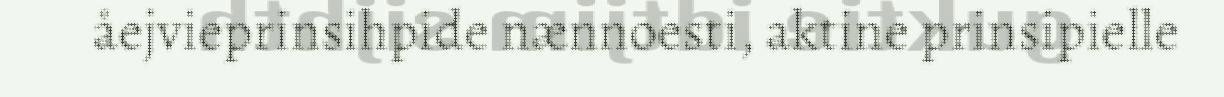
åejvieprinsihpide nænnoesti, aktine prinsipielle